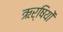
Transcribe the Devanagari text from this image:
ऋर्षियों